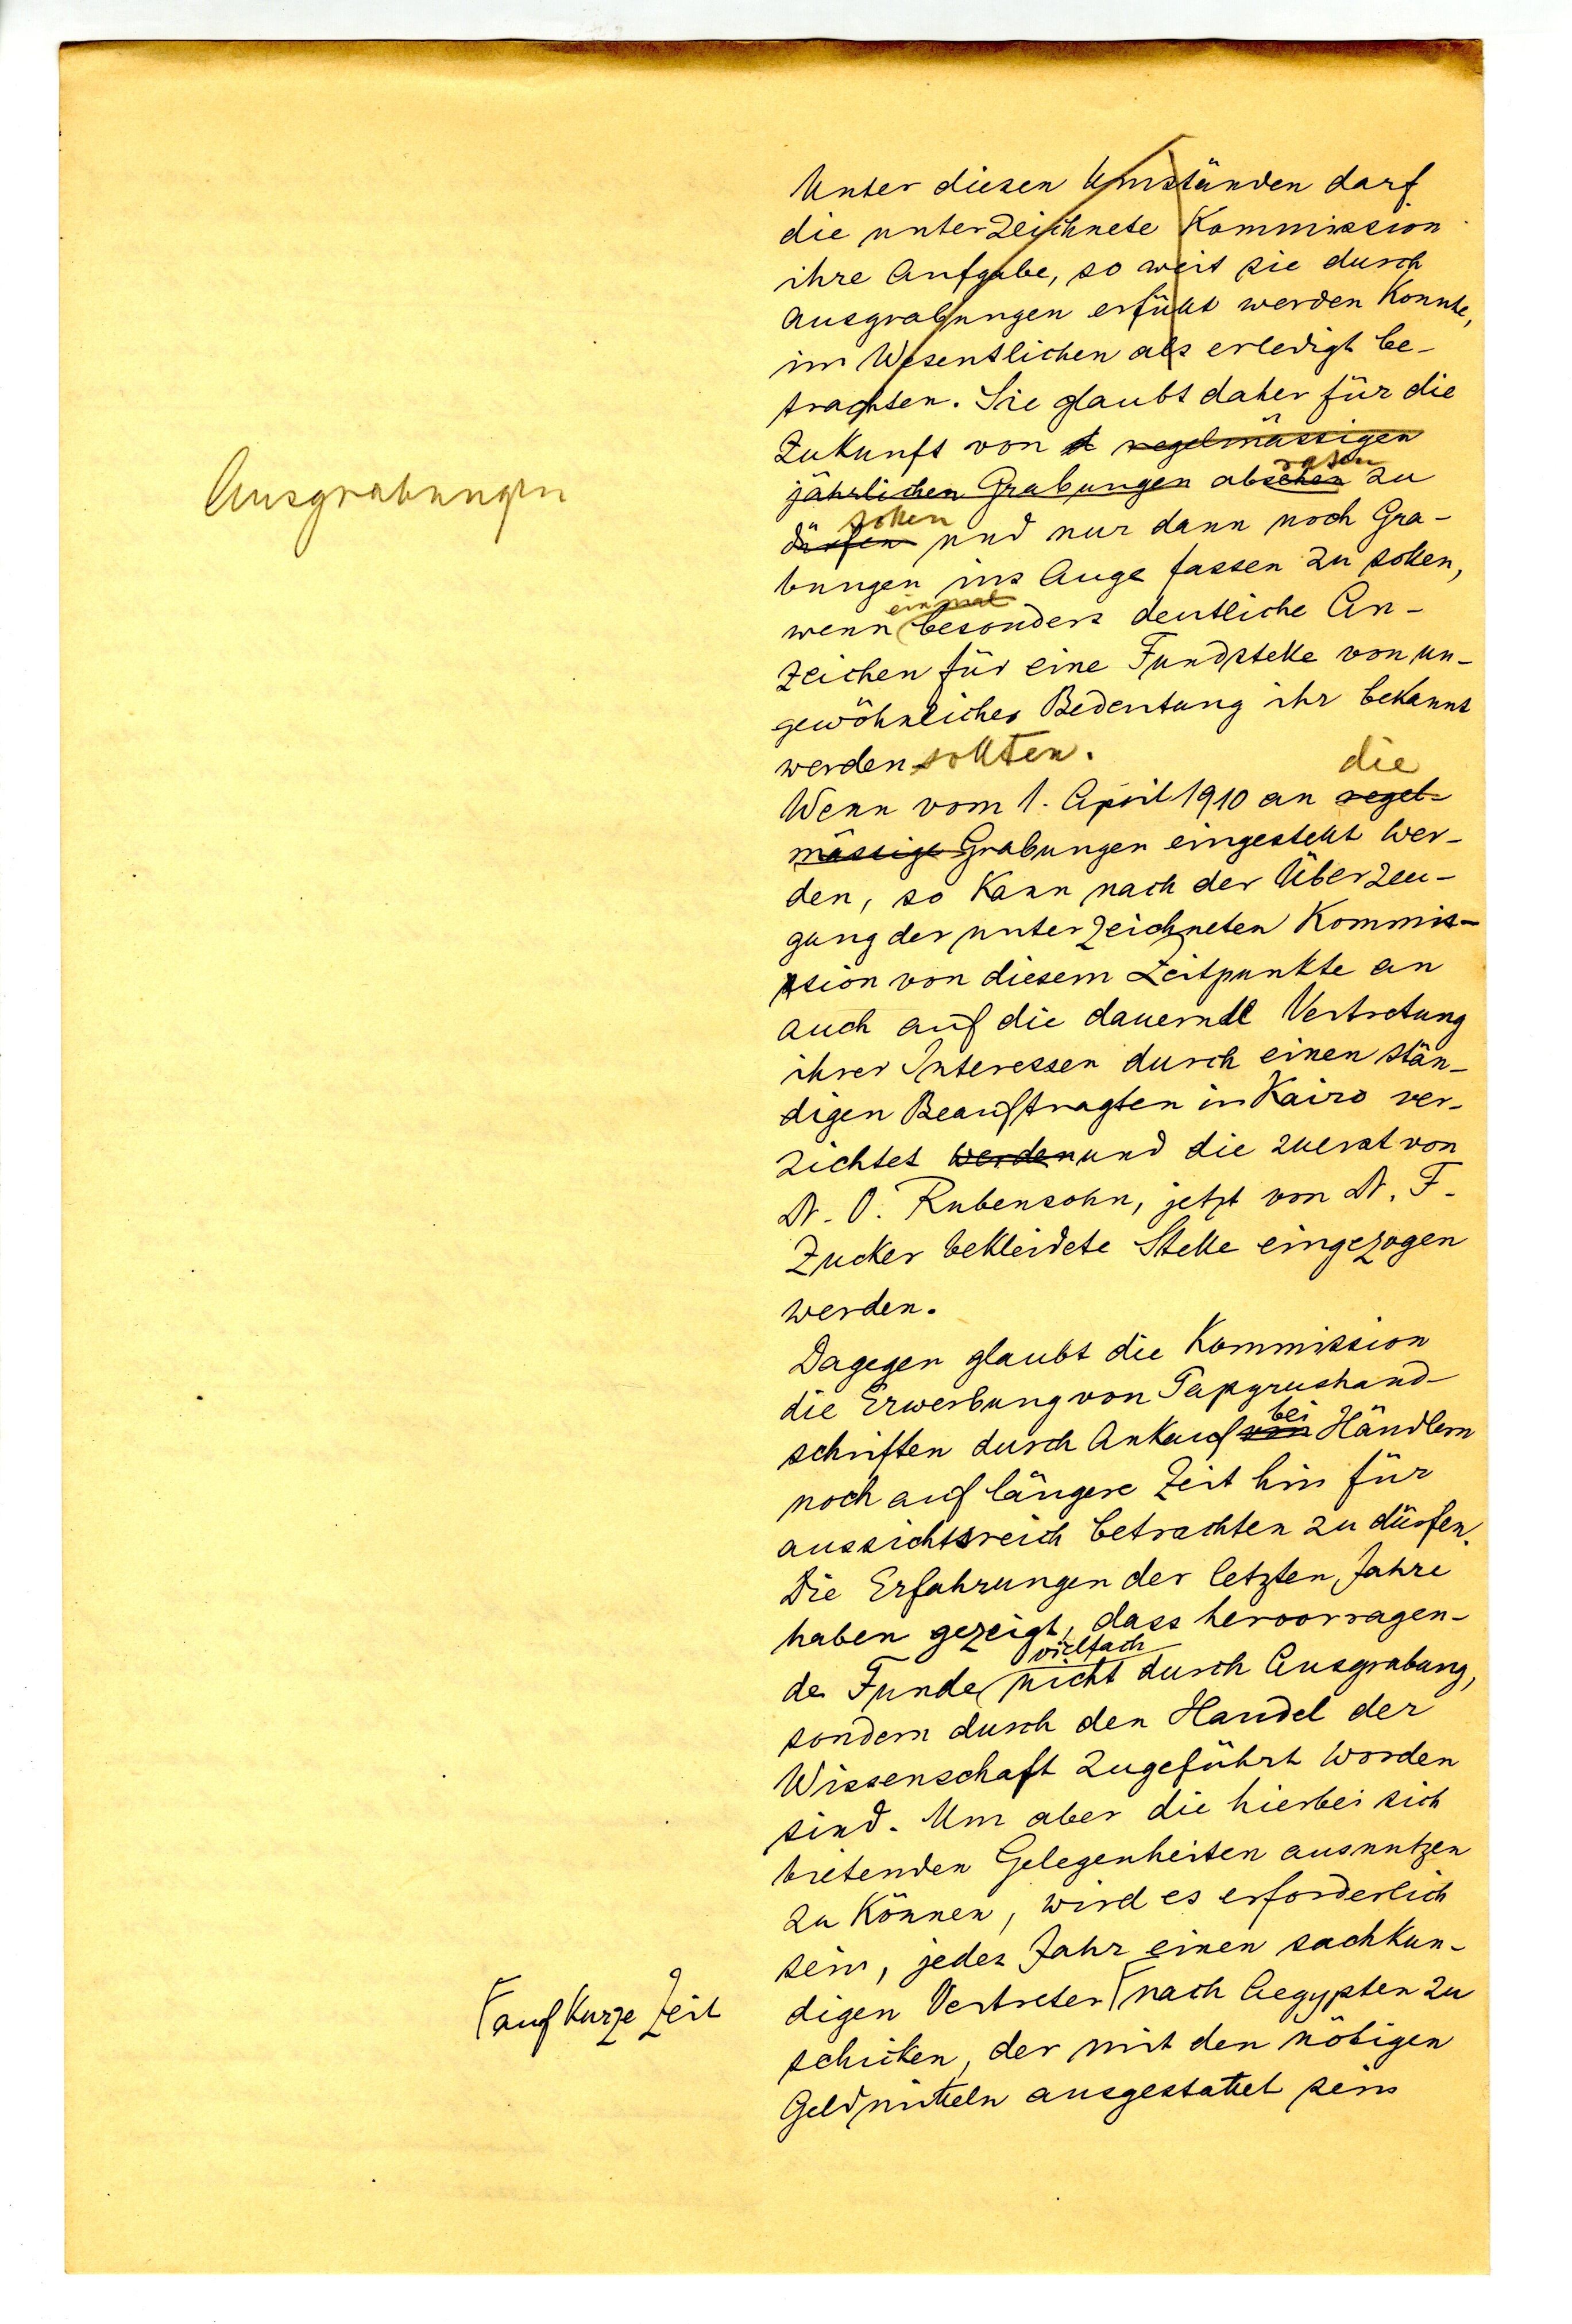
Unter diesen Umständen darf
die unterzeichnete Kommission
ihre Aufgabe, so weit sie durch
Ausgrabungen erfüllt werden konnte,
im Wesentlichen als erledigt be
trachten. Sie glaubt daher für die
Zukunft von
sehen
jährlichen Grabungen ab zu
sollen
und nur dann noch Gra¬
bungen ins Auge fassen zu sollen,
einmal
wenn besonders deutliche An¬
zeihen für eine Fundstelle von un¬
gewöhnlicher Bedeutung ihr bekannt
werden sollten.
die
Wenn vom 1. April 1910 an
Grabungen eingestellt wer¬
den, so kann nach der Überzeu¬
gung der unterzeichneten Kommis¬
sion von diesem Zeitpunkte an
auch auf die dauernde Vertretung
ihrer Interessen durch einen stän¬
digen Beauftragten in Kairo ver¬
zichtet und die zuerst von
Dr. O. Rubensohn, jetzt von Dr. F.
Zucker bekleidete Stelle eingezogen
werden.
Dagegen glaubt die Kommission
die Erwerbung von Papyrushand¬
bei
schriften durch Ankauf Händlern
noch auf längere Zeit hin für
aussichtsreich betrachten zu dürfen.
Die Erfahrungen der letzten Jahre
haben gezeigt, dass hervorragen¬
vielfach
de Funde nicht durch Ausgrabungen,
sondern durch den Handel der
Wissenschaft zugeführt worden
sind. Um aber die hierbei sich
bietenden Gelegenheiten ausnutzen
zu können, wird es erforderlich
sein, jedes Jahr einen sachkun¬
digen Vertreter F nach Aegypten zu
schicken, der mit den nötigen
Geldmitteln ausgestattet sein

Ausgrabungen

F auch kurze Zeit